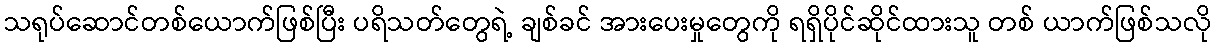
သရုပ်ဆောင်တစ်ယောက်ဖြစ်ပြီး ပရိသတ်တွေရဲ့ ချစ်ခင် အားပေးမှုတွေကို ရရှိပိုင်ဆိုင်ထားသူ တစ် ယာက်ဖြစ်သလို